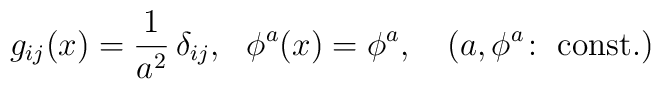
g_{ij}(x)={1\over a^2}\,\delta_{ij},~~\phi^a(x)=\phi^a,\quad (a,\phi^a\!:~{\rm const.})